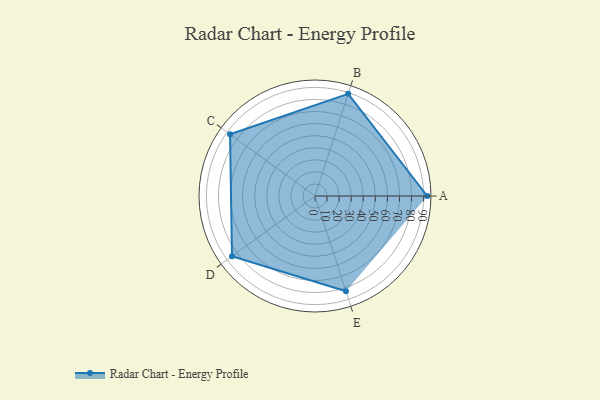
{"axis": {"x": "Skill", "y": "Score"}, "legend": ["Profile"], "data": [{"x": "A", "y": 93.0, "type": "Profile"}, {"x": "B", "y": 89.0, "type": "Profile"}, {"x": "C", "y": 87.0, "type": "Profile"}, {"x": "D", "y": 85.0, "type": "Profile"}, {"x": "E", "y": 83.0, "type": "Profile"}]}